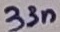
Text: 33n